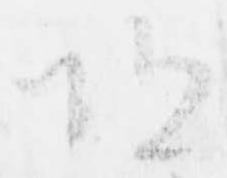
恐